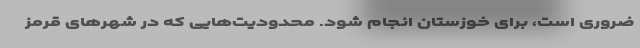
ضروری است، برای خوزستان انجام شود. محدودیت‌هایی که در شهرهای قرمز